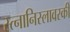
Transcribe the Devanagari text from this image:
स्त्नानिस्लावस्की